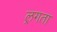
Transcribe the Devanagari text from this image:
ल्रगता